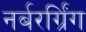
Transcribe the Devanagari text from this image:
नर्बरर्ग्रिंग